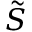
\tilde { S }